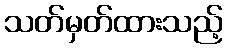
သတ်မှတ်ထားသည့်